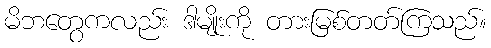
မိဘတွေကလည်း ဒါမျိုးကို တားမြစ်တတ်ကြသည်။